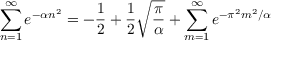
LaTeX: \sum _ { n = 1 } ^ { \infty } e ^ { - \alpha n ^ { 2 } } = - { \frac { 1 } { 2 } } + { \frac { 1 } { 2 } } \sqrt { \frac { \pi } { \alpha } } + \sum _ { m = 1 } ^ { \infty } e ^ { - \pi ^ { 2 } m ^ { 2 } / \alpha }